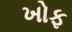
ખોફ